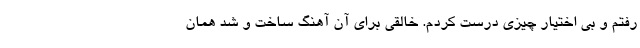
رفتم و بی اختیار چیزی درست کردم. خالقی برای آن آهنگ ساخت و شد همان